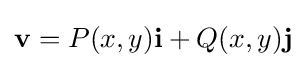
{\displaystyle \mathbf {v} }=P(x,y)\mathbf {i} +Q(x,y)\mathbf {j}